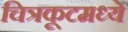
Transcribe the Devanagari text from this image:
चित्रकूटमध्ये